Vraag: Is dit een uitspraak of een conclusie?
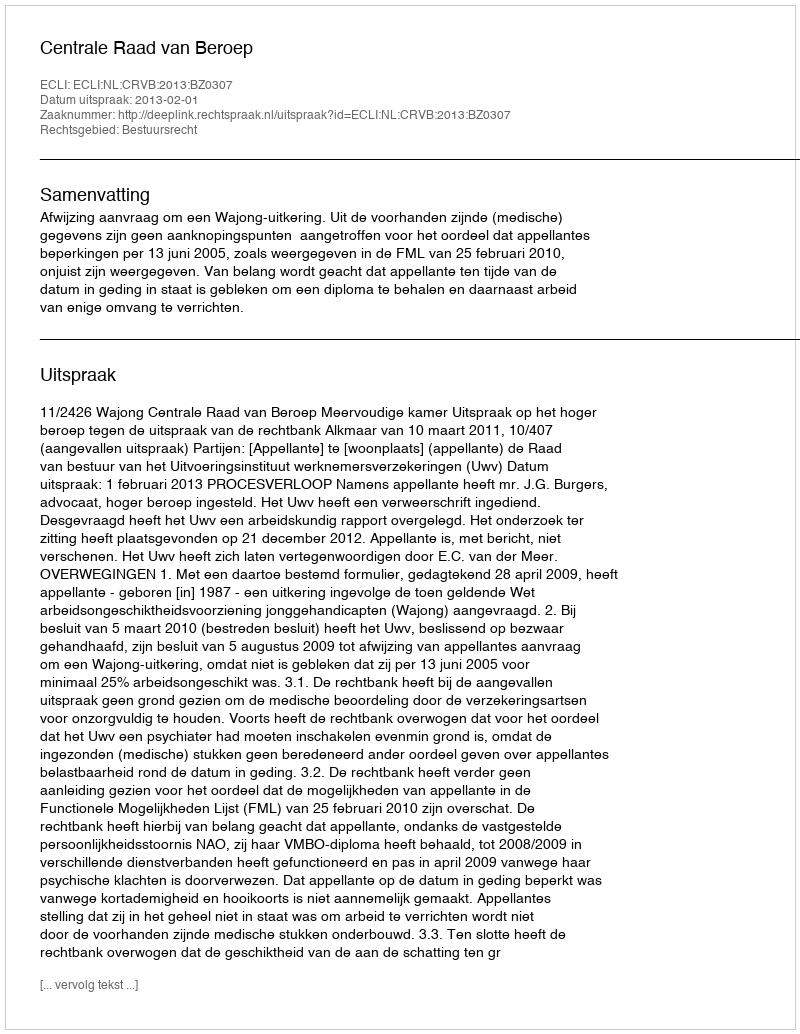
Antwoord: Uitspraak